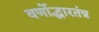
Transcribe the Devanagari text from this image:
वर्णोद्धारतंत्र